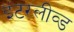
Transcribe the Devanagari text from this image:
इंटरलीव्ड